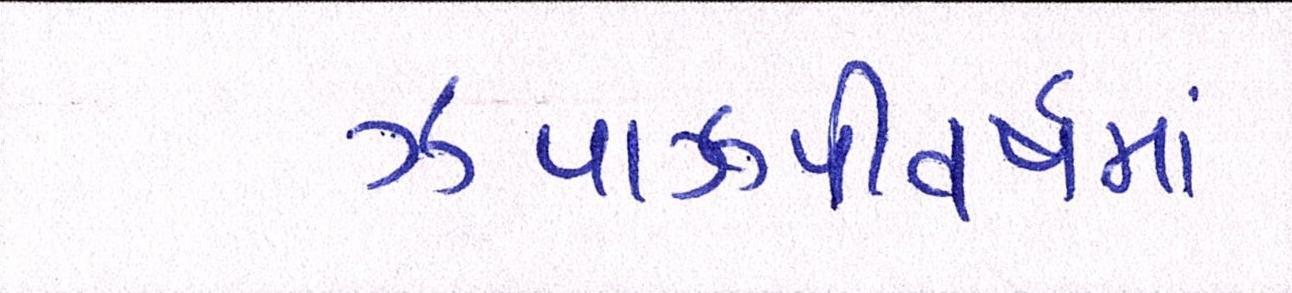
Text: ઝપાઝપીવર્ષમાં